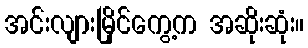
အင်းလျားမြိုင်ကွေ့က အဆိုးဆုံး။